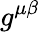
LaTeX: g^{\mu\beta}